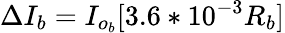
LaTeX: \Delta{I_{b}}=I_{o_{b}}[3.6*10^{-3}R_{b}]